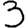
Digit: 3